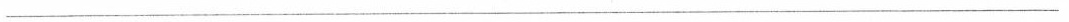
___